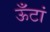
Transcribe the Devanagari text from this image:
ऊँटां